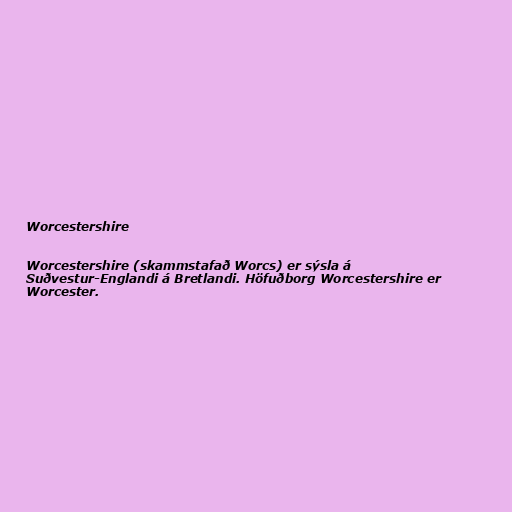
Worcestershire

Worcestershire (skammstafað Worcs) er sýsla á
Suðvestur-Englandi á Bretlandi. Höfuðborg Worcestershire er
Worcester.